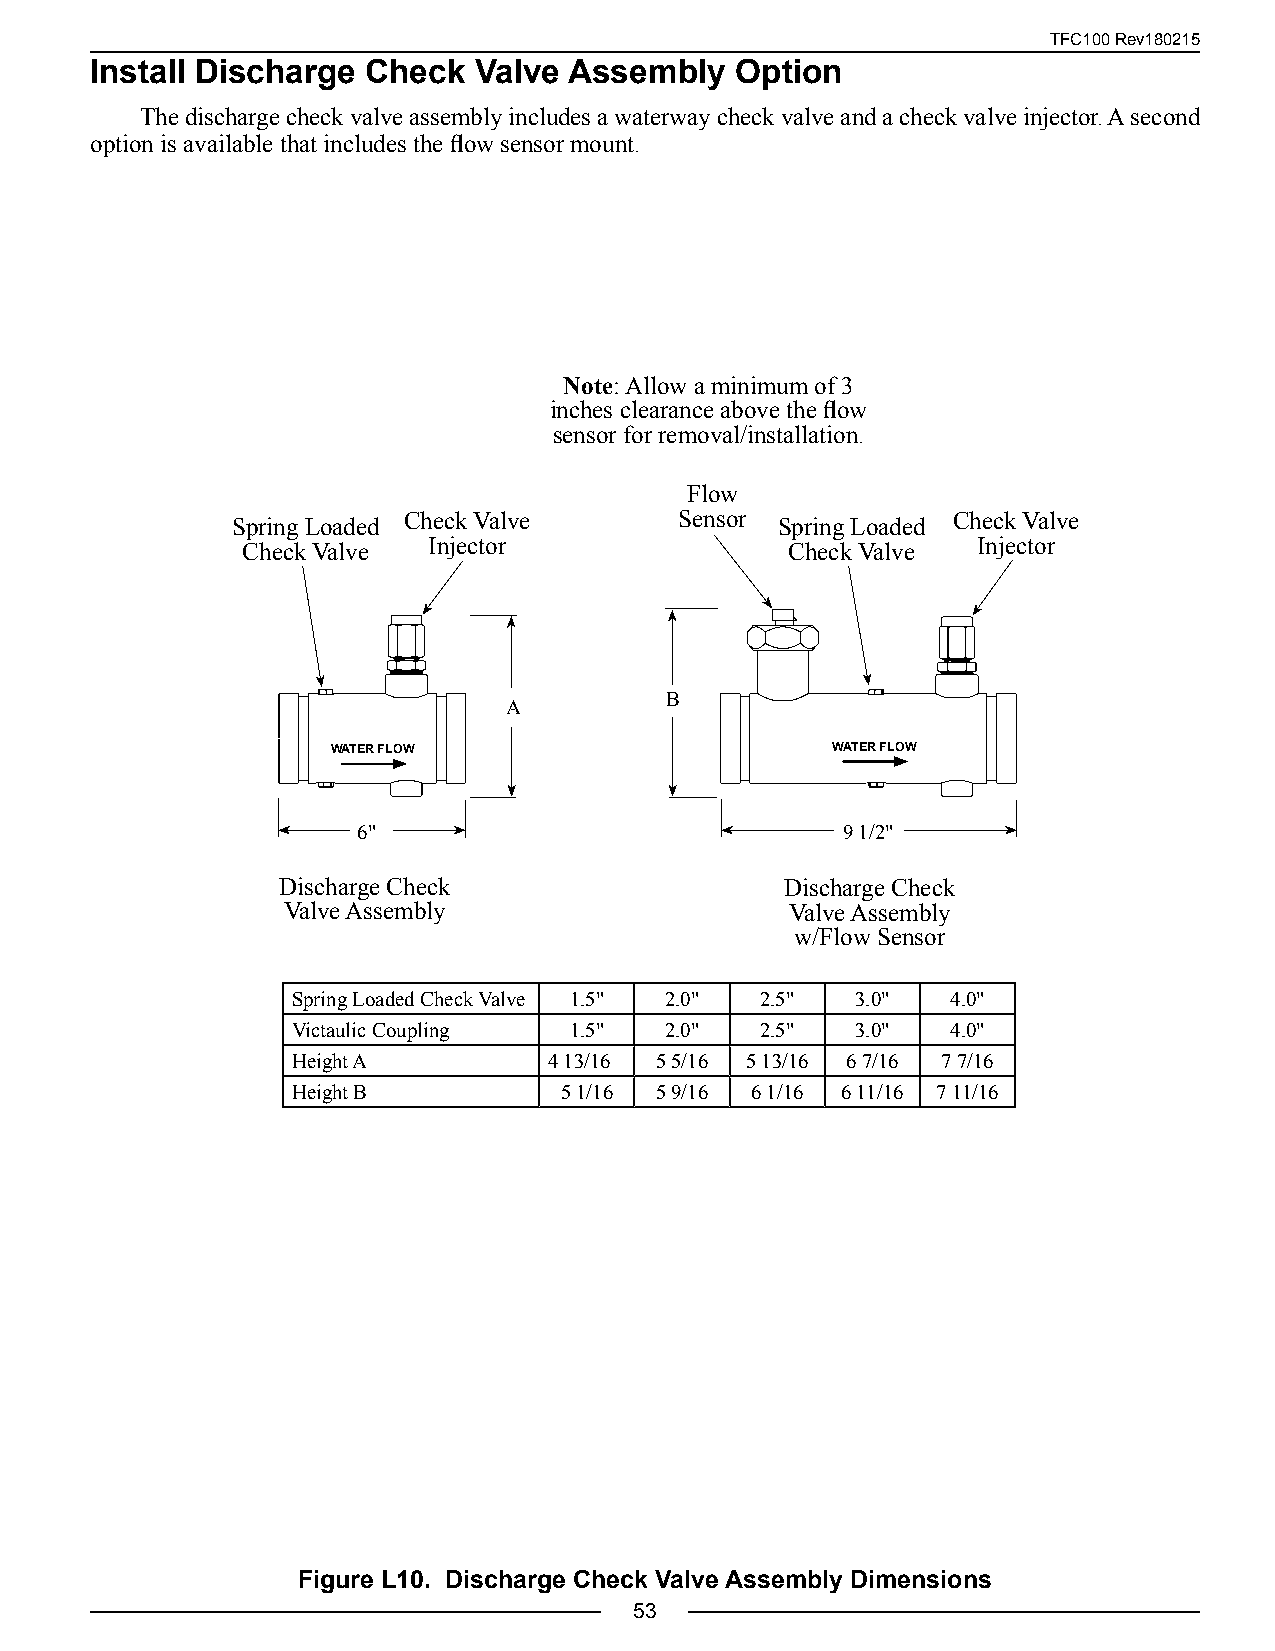
TFC100 Rev180215
 Install Discharge Check  Valve  Assembly   Option
 The discharge check valve assembly includes a waterway check valve and a check valve injector. A second
 option is available that includes the flow sensor mount.
 Note: Allow a minimum of 3
 inches clearance above the flow
 sensor for removal/installation.
 Flow
 Spring Loaded Check Valve     Sensor Spring Loaded Check Valve
 Check Valve Injector                Check Valve  Injector
 B
 A
 WATER FLOW                       WATER FLOW
 6"                              9 1/2"
 Discharge Check                   Discharge Check
 Valve Assembly                   Valve Assembly
 w/Flow Sensor
 Spring Loaded Check Valve 1.5" 2.0" 2.5" 3.0" 4.0"
 Victaulic Coupling 1.5"  2.0"  2.5"   3.0"  4.0"
 Height A         4 13/16 5 5/16 5 13/16 6 7/16 7 7/16
 Height B          5 1/16 5 9/16 6 1/16 6 11/16 7 11/16
 Figure L10. Discharge Check Valve Assembly Dimensions
 53